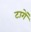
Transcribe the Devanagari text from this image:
टागें